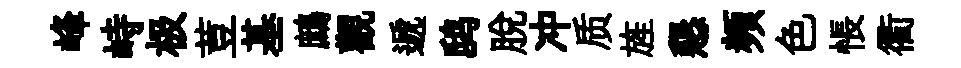
峰峙极荳基鷓觀遞鸱脫冲质旌懇頻色悵衢